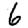
Digit: 6